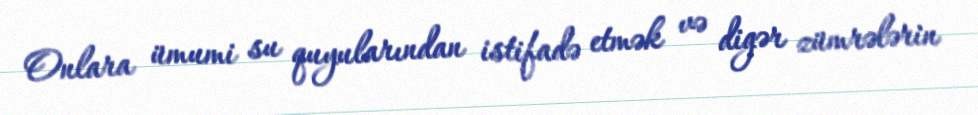
Onlara ümumi su quyularından istifadə etmək və digər zümrələrin